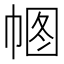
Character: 𢃠